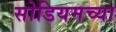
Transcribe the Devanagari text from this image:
सोडियमच्या